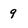
Character: g